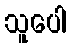
သူပေါ